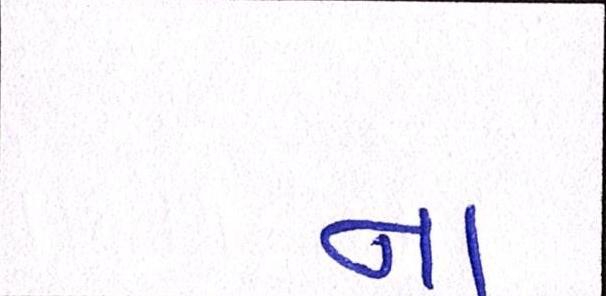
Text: ના